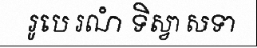
រូបេ រណំ ទិស្វា សទា